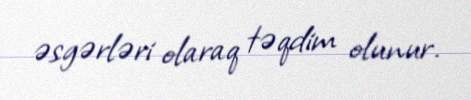
əsgərləri olaraq təqdim olunur.